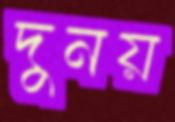
দুনয়